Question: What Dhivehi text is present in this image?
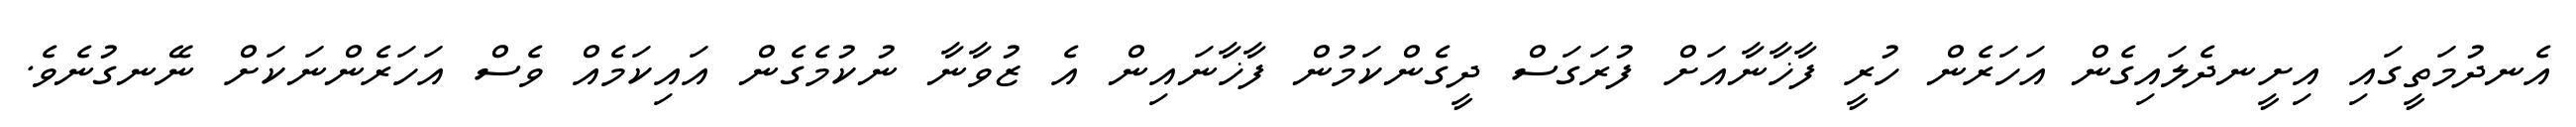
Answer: އެނދުމަތީގައި އިށީނދެލައިގެން އަހަރެން ހުރީ ފާޚާނާއަށް ފުރަގަސް ދީގެންކަމުން ފާޚާނައިން އެ ޒުވާނާ ނުކުމެގެން އައިކަމެއް ވެސް އަހަރެންނަކަށް ނޭނގުނެވެ.